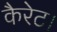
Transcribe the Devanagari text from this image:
कैरेट।